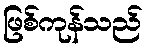
ဖြစ်ကုန်သည်